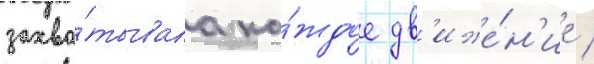
захва́тывала ка́ждое дв'иже́н'ие /